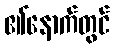
၏နောက်တွင်